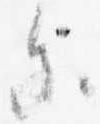
参